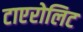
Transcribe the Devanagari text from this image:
टाएरोलिट